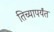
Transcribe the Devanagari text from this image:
तिच्यापर्यंत